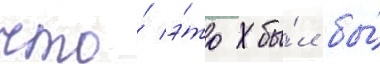
что́ э́то бы́л бы́